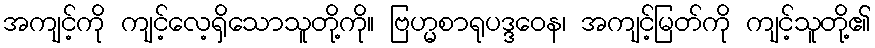
အကျင့်ကို ကျင့်လေ့ရှိသောသူတို့ကို။ ဗြဟ္မစာရုပဒ္ဒဝေန၊ အကျင့်မြတ်ကို ကျင့်သူတို့၏